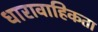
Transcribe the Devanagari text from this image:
धारावाहिकता